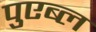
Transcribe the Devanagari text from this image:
पुएब्ल